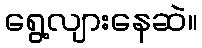
ရွေ့လျားနေဆဲ။